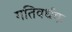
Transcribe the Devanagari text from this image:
गतिवर्धक